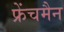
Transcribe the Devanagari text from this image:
फ्रेंचमैन